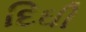
દિઘી